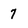
Character: 7